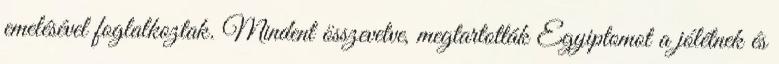
emelésével foglalkoztak. Mindent összevetve, megtartották Egyiptomot a jólétnek és